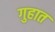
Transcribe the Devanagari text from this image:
गुहात